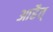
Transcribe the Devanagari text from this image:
आहैत्